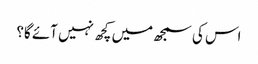
اس کی سمجھ میں کچھ نہیں آئے گا؟